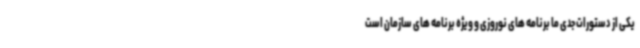
یکی از دستورات جدی ما برنامه های نوروزی و ویژه برنامه های سازمان است